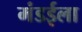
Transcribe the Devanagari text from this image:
मंडईला